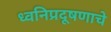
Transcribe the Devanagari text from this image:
ध्वनिप्रदूषणाचे